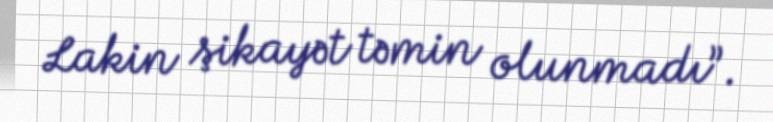
Lakin şikayət təmin olunmadı”.